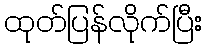
ထုတ်ပြန်လိုက်ပြီး